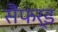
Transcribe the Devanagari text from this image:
सैंफर्ड